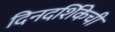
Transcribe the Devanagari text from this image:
दिनदर्शिकेची